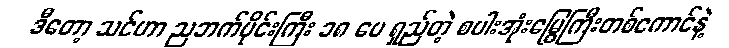
ဒီတော့ သင်ဟာ ညဘက်ပိုင်းကြီး ၁၈ ပေ ရှည်တဲ့ စပါးအုံးမြွေကြီးတစ်ကောင်နဲ့